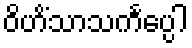
ဝိဟိံသာသင်္ကပ္ပေါ